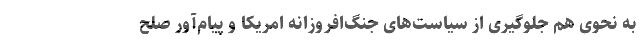
به نحوی هم جلوگیری از سیاست‌های جنگ‌افروزانه امریکا و پیام‌آور صلح